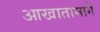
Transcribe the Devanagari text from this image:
आखातामार्गे